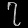
Digit: ၇